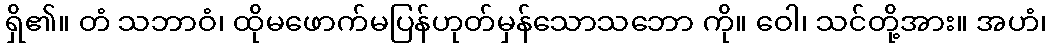
ရှိ၏။ တံ သဘာဝံ၊ ထိုမဖောက်မပြန်ဟုတ်မှန်သောသဘော ကို။ ဝေါ၊ သင်တို့အား။ အဟံ၊